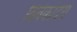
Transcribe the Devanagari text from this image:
विवेकोदय